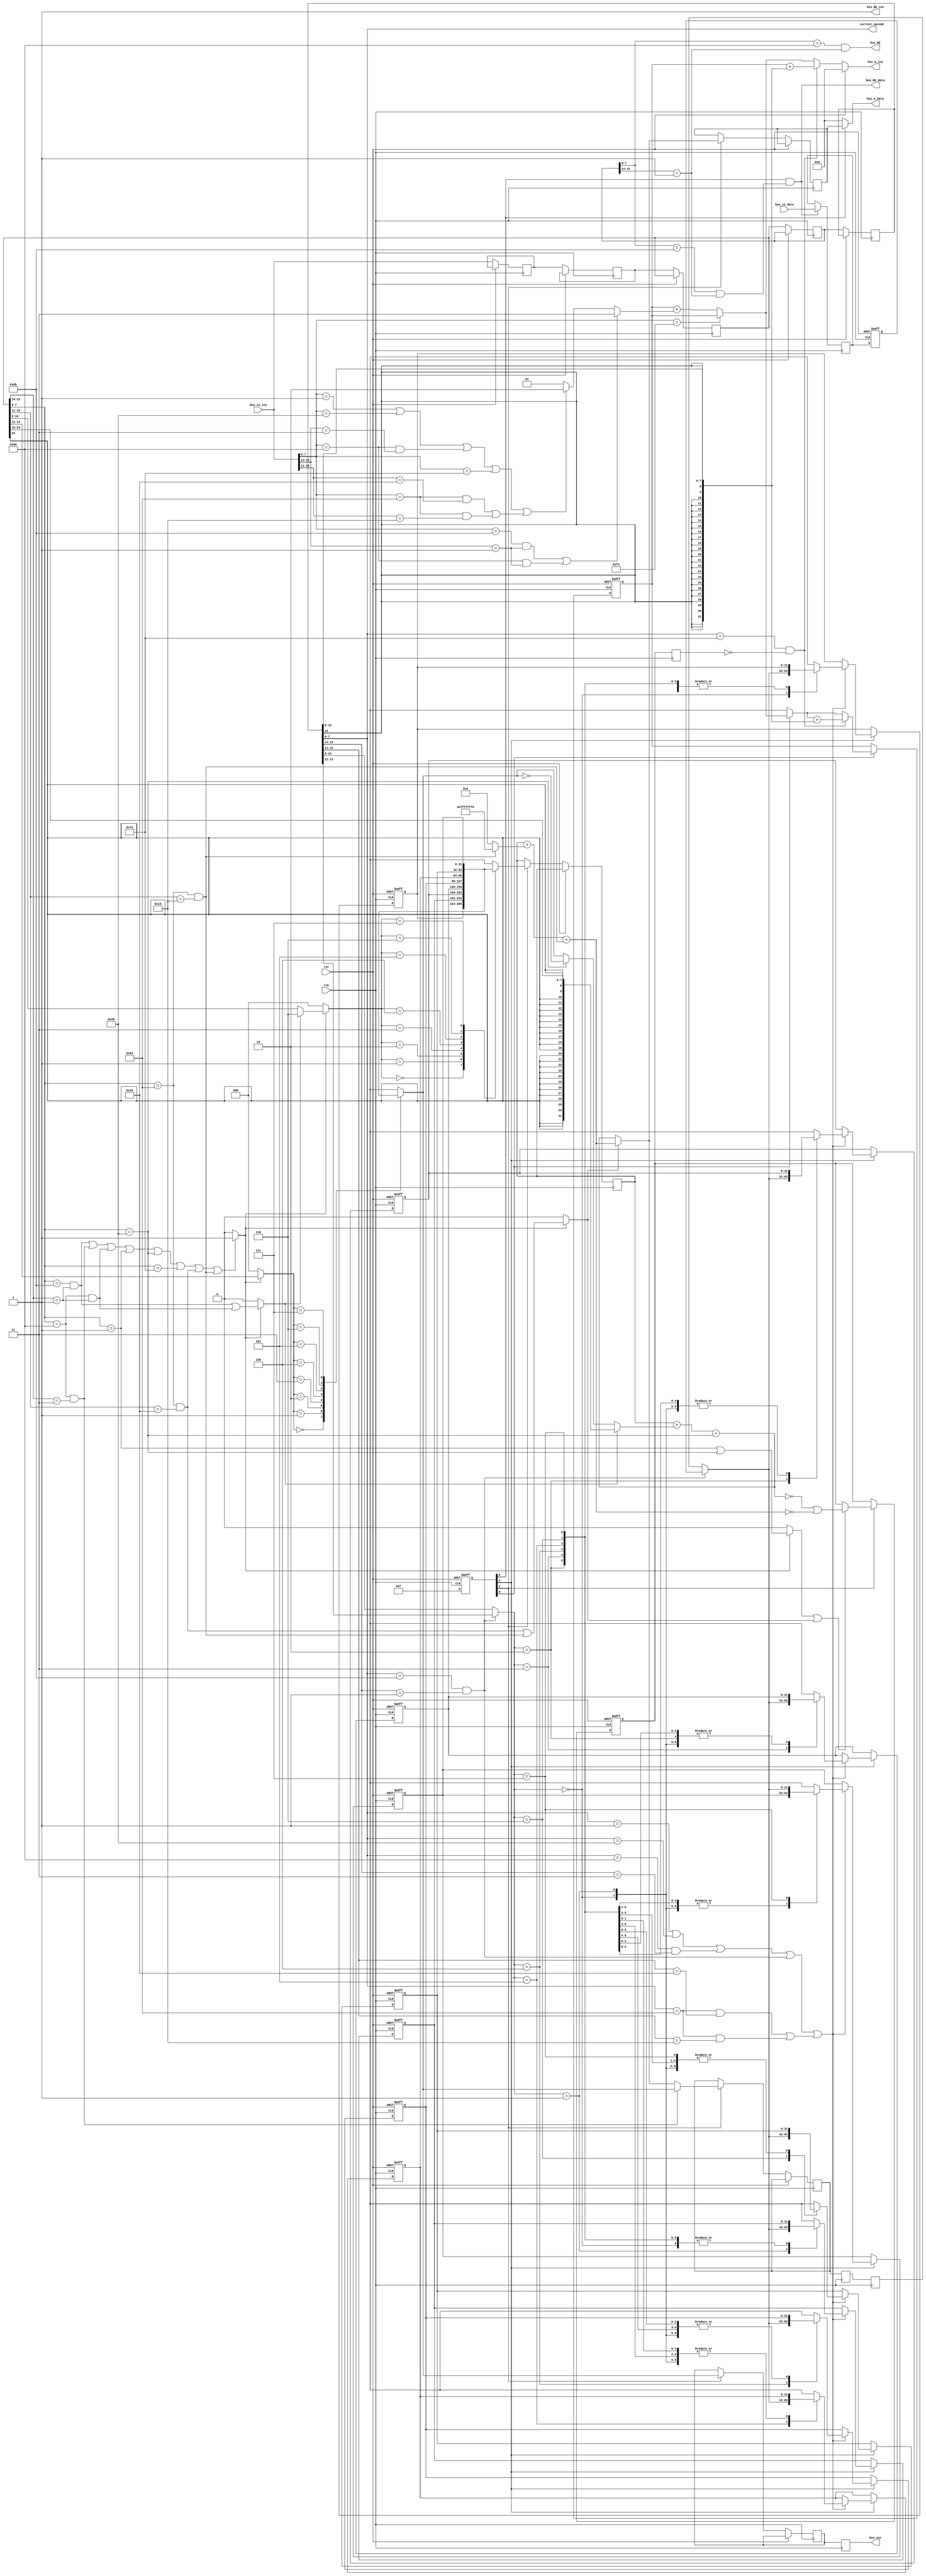
module cisc_cpu_p(
  input clk,
  input rst,
  output [31:0] bus_A_ins,
  input [31:0] bus_in_ins,
  output [31:0] bus_A_data,
  input [31:0] bus_in_data,
  output [31:0] bus_out,
  output bus_WE,
  output bus_RE_data,
  output bus_RE_ins,
  output [7:0] current_opcode);

//Kontrolleinheit der sequenziellen Implementierung
  reg [5:1] full;  
  wire [4:0] ue={ full[4:1], full[5] };

  always @(posedge clk or posedge rst) begin
    if(rst)
		full='b10000;
	else
		//full={ ue[4], ue[3], ue[2], ue[1], ue[0] };
		full='b11111;
  end
//Kontrolleinheit END

//Kontrolleinheit für die Pipeline
	reg [31:0] IR_IF;
	reg [31:0] IR_DEC;
	reg [31:0] IR_EXE;
	reg [31:0] IR_MEM;
	reg [31:0] IR_WB;
	reg [2:0] i = 0;
	//reg [2:0] r = 0;
	reg [31:0] bubble;
	
	//Schaltung wenn der neue Befehl auf ein Register zugreift dass von einem vorherigen Befehl noch bearbeitet wird -> Stalling
	always @(posedge clk) begin
		//if(RD_bus || RS_bus == RD_IF || RD_DEC) begin
		//	IP = IP_IF;				//halte die nächste Adresse
	//	end
	
	end
 	
//Kontrolleinheit END

initial begin
IR_IF<=0;
IR_DEC<=0;
IR_EXE<=0;
IR_MEM<=0;
IR_WB<=0;
bubble<=0;
ZF_IF = 0;
ZF_DEC = 0;
ZF_EXE = 0;
ZF_MEM = 0;
ZF_WB = 0;
end
//STUFE 1 Instruction Fetch
  always @(posedge clk)begin
  //move the instructions through the 5 steps; every IR entry is supposed to be processed by a different step
     if(!rst) begin
     IR_WB=IR_MEM;
     IR_MEM=IR_EXE;
     IR_EXE=IR_DEC;
     IR_DEC=IR_IF;
     IR_IF=bus_in_ins;//(RD_IF==RD_DEC || RD_EXE || RD_MEM)?bubble:(RS_IF == RS_DEC || RS_EXE || RS_MEM)?bubble:bus_in_ins;
     end
  end
//STUFE 1 ENDE

  reg [31:0] A, B, A_EXE, B_EXE, A_MEM, B_MEM;
  wire [31:0] Aop, Bop;

//STUFE 2

  reg ZF_IF, ZF_DEC, ZF_EXE, ZF_MEM, ZF_WB;//, ZF_bus;
  

/////////Dekodierung für Instruktion in bus_in_ins
  
  //OPcode & mod-Feld der Anweisung
  wire [7:0] opcode_bus=bus_in_ins[7:0]; //IR_IF[7:0];
  wire [1:0] mod_bus=bus_in_ins[15:14];// IR_IF[15:14];
  
  //RIadd/sub 5bit modifier
  wire [4:0] RImod_bus=bus_in_ins[15:11];//IR_IF[15:11];
  
//Instruktionen OPcodes
  wire load_bus=opcode_bus=='h8b && mod_bus==1;
  wire move_bus=opcode_bus=='h89 && mod_bus==3;
  wire store_bus=opcode_bus=='h89 && mod_bus==1;
  wire add_bus=opcode_bus=='h01;
  wire sub_bus=opcode_bus=='h29;
  wire jnez_bus=opcode_bus=='h75;
//Erweiterungen
  wire RIadd_bus=opcode_bus=='h83 && RImod_bus==24;
  wire RIsub_bus=opcode_bus=='h83 && RImod_bus==29;

//identifizierung für Speicher- und arithmetische Befehle
  wire memory_bus=load_bus || store_bus;
  wire aluop_bus=add_bus || sub_bus;
  wire aluop_k_bus=RIadd_bus || RIsub_bus;
  wire halt_bus=opcode_bus=='hf4;  //hlt instruction
//END

//Berechnung der Register nummern
  wire [4:0] RD_bus=bus_in_ins[10:8];
  wire [4:0] RS_bus=bus_in_ins[13:11];
  wire [4:0] Aad_bus=memory_bus?6:RD_bus,		//Aad bekommt den Wert 6 für das esi Register für RMmov & MRmov; für alle anderen Befehle, Aad bekommt den Wert für das Register RD
             Bad_bus=RS_bus;
//END
//nextIP-Modul
  wire [31:0] distance_bus={ { 24 { bus_in_ins[15] } }, bus_in_ins[15:8] };
  wire [31:0] displacement_bus={ { 24 { bus_in_ins[23] } }, bus_in_ins[23:16] };
  //wire btaken_bus=jnez_bus && !ZF_bus;
  wire [1:0] length_bus=memory_bus                 ?3:
                    (aluop_bus || move_bus || jnez_bus || aluop_k_bus)?2:
                                            1;

/////////Dekodierung bus_in_ins ende

  /////////Dekodierung für Instruktion in IR_IF
  
  //OPcode & mod-Feld der Anweisung
  wire [7:0] opcode_IF=IR_IF[7:0]; //IR_IF[7:0];
  wire [1:0] mod_IF=IR_IF[15:14];// IR_IF[15:14];
  
  //RIadd/sub 5bit modifier
  wire [4:0] RImod_IF=IR_IF[15:11];//IR_IF[15:11];
  
//Instruktionen OPcodes
  wire load_IF=opcode_IF=='h8b && mod_IF==1;
  wire move_IF=opcode_IF=='h89 && mod_IF==3;
  wire store_IF=opcode_IF=='h89 && mod_IF==1;
  wire add_IF=opcode_IF=='h01;
  wire sub_IF=opcode_IF=='h29;
  wire jnez_IF=opcode_IF=='h75;
//Erweiterungen
  wire RIadd_IF=opcode_IF=='h83 && RImod_IF==24;
  wire RIsub_IF=opcode_IF=='h83 && RImod_IF==29;

//identifizierung für Speicher- und arithmetische Befehle
  wire memory_IF=load_IF || store_IF;
  wire aluop_IF=add_IF || sub_IF;
  wire aluop_k_IF=RIadd_IF || RIsub_IF;
  wire halt_IF=opcode_IF=='hf4;  //hlt instruction
//END

//Berechnung der Register nummern
  wire [4:0] RD_IF=IR_IF[10:8];
  wire [4:0] RS_IF=IR_IF[13:11];
  wire [4:0] Aad_IF=memory_IF?6:RD_IF,		//Aad bekommt den Wert 6 für das esi Register für RMmov & MRmov; für alle anderen Befehle, Aad bekommt den Wert für das Register RD
             Bad_IF=RS_IF;
//END
//nextIP-Modul
  wire [31:0] distance_IF={ { 24 { IR_IF[15] } }, IR_IF[15:8] };
  wire [31:0] displacement_IF={ { 24 { IR_IF[23] } }, IR_IF[23:16] };
  wire btaken_IF=jnez_IF && !ZF_IF;
  wire [1:0] length_IF=memory_IF                 ?3:
                    (aluop_IF || move_IF || jnez_IF || aluop_k_IF)?2:
                                            1;

/////////Dekodierung IR_IF ende
  
/////////Dekodierung für Instruktion in IR_DEC

//OPcode & mod-Feld der Anweisung
  wire [7:0] opcode_DEC=IR_DEC[7:0];
  wire [1:0] mod_DEC=IR_DEC[15:14];
  
  //RIadd/sub 5bit modifier
  wire [4:0] RImod_DEC=IR_DEC[15:11];

//Instruktionen OPcodes
  wire load_DEC=opcode_DEC=='h8b && mod_DEC==1;
  wire move_DEC=opcode_DEC=='h89 && mod_DEC==3;
  wire store_DEC=opcode_DEC=='h89 && mod_DEC==1;
  wire add_DEC=opcode_DEC=='h01;
  wire sub_DEC=opcode_DEC=='h29;
  wire jnez_DEC=opcode_DEC=='h75;
//Erweiterungen
  wire RIadd_DEC=opcode_DEC=='h83 && RImod_DEC==24;
  wire RIsub_DEC=opcode_DEC=='h83 && RImod_DEC==29;

//identifizierung für Speicher- und arithmetische Befehle
  wire memory_DEC=load_DEC || store_DEC;
  wire aluop_DEC=add_DEC || sub_DEC;
  wire aluop_k_DEC=RIadd_DEC || RIsub_DEC;
  wire halt_DEC=opcode_DEC=='hf4;  //hlt instruction
//END

//Berechnung der Register nummern
  wire [4:0] RD_DEC=IR_DEC[10:8];
  wire [4:0] RS_DEC=IR_DEC[13:11];
  wire [4:0] Aad_DEC=memory_DEC?6:RD_DEC,		//Aad bekommt den Wert 6 für das esi Register für RMmov & MRmov; für alle anderen Befehle, Aad bekommt den Wert für das Register RD
             Bad_DEC=RS_DEC;
//END
//nextIP-Modul
  wire [31:0] distance_DEC={ { 24 { IR_DEC[15] } }, IR_DEC[15:8] };
  wire [31:0] displacement_DEC={ { 24 { IR_DEC[23] } }, IR_DEC[23:16] };
  wire btaken_DEC=jnez_DEC && !ZF_DEC;
  wire [1:0] length_DEC=memory_DEC                 ?3:
                    (aluop_DEC || move_DEC || jnez_DEC || aluop_k_DEC)?2:
                                            1;

/////////Dekodierung IR_DEC ende

/////////Dekodierung für Instruktion in IR_EXE

//OPcode & mod-Feld der Anweisung
  wire [7:0] opcode_EXE=IR_EXE[7:0];
  wire [1:0] mod_EXE=IR_EXE[15:14];
  
  //RIadd/sub 5bit modifier
  wire [4:0] RImod_EXE=IR_EXE[15:11];

//Instruktionen OPcodes
  wire load_EXE=opcode_EXE=='h8b && mod_EXE==1;
  wire move_EXE=opcode_EXE=='h89 && mod_EXE==3;
  wire store_EXE=opcode_EXE=='h89 && mod_EXE==1;
  wire add_EXE=opcode_EXE=='h01;
  wire sub_EXE=opcode_EXE=='h29;
  wire jnez_EXE=opcode_EXE=='h75;
//Erweiterungen
  wire RIadd_EXE=opcode_EXE=='h83 && RImod_EXE==24;
  wire RIsub_EXE=opcode_EXE=='h83 && RImod_EXE==29;
  wire valid = (load_EXE||move_EXE||store_EXE||add_EXE||sub_EXE||jnez_EXE||RIadd_EXE||RIsub_EXE)?1:0;

//identifizierung für Speicher- und arithmetische Befehle
  wire memory_EXE=valid?(load_EXE || store_EXE):0;
  wire aluop_EXE=valid?(add_EXE || sub_EXE):0;
  wire aluop_k_EXE=valid?(RIadd_EXE || RIsub_EXE):0;
  wire halt_EXE=opcode_EXE=='hf4;  //hlt instruction
//END

//Berechnung der Register nummern
  wire [4:0] RD_EXE=valid?IR_EXE[10:8]:0;
  wire [4:0] RS_EXE=valid?IR_EXE[13:11]:0;
  wire [4:0] Aad_EXE=valid?(memory_EXE?6:RD_EXE):0,		//Aad bekommt den Wert 6 für das esi Register für RMmov & MRmov; für alle anderen Befehle, Aad bekommt den Wert für das Register RD
             Bad_EXE=valid?RS_EXE:0;
//END
//nextIP-Modul
  wire [31:0] distance_EXE={ { 24 { IR_EXE[15] } }, IR_EXE[15:8] };
  wire [31:0] displacement_EXE={ { 24 { IR_EXE[23] } }, IR_EXE[23:16] };
  wire btaken_EXE=jnez_EXE && !ZF_EXE;
  wire [1:0] length_EXE=memory_EXE                ?3:
                    (aluop_EXE || move_EXE || jnez_EXE || aluop_k_EXE)?2:
                                            1;

/////////Dekodierung IR_EXE ende

/////////Dekodierung für Instruktion in IR_MEM

//OPcode & mod-Feld der Anweisung
  wire [7:0] opcode_MEM=IR_MEM[7:0];
  wire [1:0] mod_MEM=IR_MEM[15:14];
  
  //RIadd/sub 5bit modifier
  wire [4:0] RImod_MEM=IR_MEM[15:11];

//Instruktionen OPcodes
  wire load_MEM=opcode_MEM=='h8b && mod_MEM==1;
  wire move_MEM=opcode_MEM=='h89 && mod_MEM==3;
  wire store_MEM=opcode_MEM=='h89 && mod_MEM==1;
  wire add_MEM=opcode_MEM=='h01;
  wire sub_MEM=opcode_MEM=='h29;
  wire jnez_MEM=opcode_MEM=='h75;
//Erweiterungen
  wire RIadd_MEM=opcode_MEM=='h83 && RImod_MEM==24;
  wire RIsub_MEM=opcode_MEM=='h83 && RImod_MEM==29;

//identifizierung für Speicher- und arithmetische Befehle
  wire memory_MEM=load_MEM || store_MEM;
  wire aluop_MEM=add_MEM || sub_MEM;
  wire aluop_k_MEM=RIadd_MEM || RIsub_MEM;
  wire halt_MEM=opcode_MEM=='hf4;  //hlt instruction
//END

//Berechnung der Register nummern
  wire [4:0] RD_MEM=IR_MEM[10:8];
  wire [4:0] RS_MEM=IR_MEM[13:11];
  wire [4:0] Aad_MEM=memory_MEM?6:RD_MEM,		//Aad bekommt den Wert 6 für das esi Register für RMmov & MRmov; für alle anderen Befehle, Aad bekommt den Wert für das Register RD
             Bad_MEM=RS_MEM;
//END
//nextIP-Modul
  wire [31:0] distance_MEM={ { 24 { IR_MEM[15] } }, IR_MEM[15:8] };
  wire [31:0] displacement_MEM={ { 24 { IR_MEM[23] } }, IR_MEM[23:16] };
  wire btaken_MEM=jnez_MEM && !ZF_MEM;
  wire [1:0] length_MEM=memory_MEM                ?3:
                    (aluop_MEM || move_MEM || jnez_MEM || aluop_k_MEM)?2:
                                            1;

/////////Dekodierung IR_MEM ende

/////////Dekodierung für Instruktion in IR_WB

//OPcode & mod-Feld der Anweisung
  wire [7:0] opcode_WB=IR_WB[7:0];
  wire [1:0] mod_WB=IR_WB[15:14];
  
  //RIadd/sub 5bit modifier
  wire [4:0] RImod_WB=IR_WB[15:11];

//Instruktionen OPcodes
  wire load_WB=opcode_WB=='h8b && mod_WB==1;
  wire move_WB=opcode_WB=='h89 && mod_WB==3;
  wire store_WB=opcode_WB=='h89 && mod_WB==1;
  wire add_WB=opcode_WB=='h01;
  wire sub_WB=opcode_WB=='h29;
  wire jnez_WB=opcode_WB=='h75;
//Erweiterungen
  wire RIadd_WB=opcode_WB=='h83 && RImod_WB==24;
  wire RIsub_WB=opcode_WB=='h83 && RImod_WB==29;

//identifizierung für Speicher- und arithmetische Befehle
  wire memory_WB=load_WB || store_WB;
  wire aluop_WB=add_WB || sub_WB;
  wire aluop_k_WB=RIadd_WB || RIsub_WB;
  wire halt_WB=opcode_WB=='hf4;  //hlt instruction
//END

//Berechnung der Register nummern
  wire [4:0] RD_WB=IR_WB[10:8];
  wire [4:0] RS_WB=IR_WB[13:11];
  wire [4:0] Aad_WB=memory_WB?6:RD_WB,		//Aad bekommt den Wert 6 für das esi Register für RMmov & MRmov; für alle anderen Befehle, Aad bekommt den Wert für das Register RD
             Bad_WB=RS_WB;
//END
//nextIP-Modul
  wire [31:0] distance_WB={ { 24 { IR_WB[15] } }, IR_WB[15:8] };
  wire [31:0] displacement_WB={ { 24 { IR_WB[23] } }, IR_WB[23:16] };
  wire btaken_WB=jnez_WB && !ZF_WB;
  wire [1:0] length_WB=memory_WB                ?3:
                    (aluop_WB || move_WB || jnez_WB || aluop_k_WB)?2:
                                            1;

/////////Dekodierung IR_WB ende
          
          
 /*                         
  wire [31:0] distance_IN={ { 24 { bus_A_ins[15] } }, bus_A_ins[15:8] };
  wire [31:0] displacement_IN={ { 24 { bus_A_ins[23] } }, bus_A_ins[23:16] };
  wire btaken_IF=jnez_IF && !ZF_IF;
  wire [1:0] length_IF=memory_IF                 ?3:
                    (aluop_IF || move_IF || jnez_IF || aluop_k_IF)?2:
                                            1;
   */                       
                                            
//nextIP //leicht erweitert vom Buch(rst;!halt- teile)
  reg [31:0] IP_IF;
  //nächster Wert für den Instruction Pointer wird direkt von der nächsten Adresse auf dem Adress-Bus berechnet
  //Wenn ein F4 hlt befehl kommt, wird der IP auf den letzten Wert von IP_IF gehalten, welches die Adresse für den hlt Befehl ist
  wire [31:0] IP = rst?0:btaken_WB?IP_IF+distance_WB:!halt_bus?IP_IF+length_bus:IP_IF;
  always @(posedge clk or posedge rst) begin
    if(rst)
	    IP_IF=0;
    else if(ue[1]) begin
    //Wenn !hlt, dann wird IP_IF um die berechnete Länge der neuen Instruktion erhöht
      if(!halt_bus) IP_IF=IP_IF+length_bus;
    //Wenn btaken gesetzt ist wird IP_IF um die Sprungdistanz erhöht; die Länge der neuen Instruktion wird
    //abgezogen, da sie in der vorigen Zeile zusätzlich addiert wurde und dadurch die Sprunglänge verfälscht
      if(btaken_WB) IP_IF=IP_IF+distance_WB;
    end
end

//NEXTIP END
  reg [31:0] MAR_EXE, MAR_MEM, MDRw_EXE, MDRw_MEM;//, C_EXE,
  reg [31:0] C_MEM, C_WB;    
	//Konstante K die in RIadd/sub verwendet wird
  reg [31:0] K = 10;

//STAGE 3 ALU-Modul
  wire [31:0] ALU_op2_EXE=memory_EXE?displacement_EXE:sub_EXE?~Bop:Bop;
  wire [31:0] ALUout_EXE=A_EXE+ALU_op2_EXE+sub_EXE; 				//esi+displacement für RM- und MRmov;; für ADD ALU_op2=B führt zu ALUout=A+B;; für SUB ALUout=A+~B+1

//Berechnungen für RIadd/sub
  //wire [31:0] ALU_K2_EXE = RIsub_EXE?~K:K;
  wire [31:0] ALU_K2_EXE=RIsub_EXE?~K:K;
  wire [31:0] ALU_K_EXE=A_EXE+ALU_K2_EXE+RIsub_EXE;
  //wire [31:0] C_EXE=move_EXE?B_EXE:aluop_k_EXE?ALU_K_EXE:ALUout_EXE;
  reg [31:0] C_EXE;

  always @(posedge clk or posedge rst)
    if(rst)
	   ZF_EXE=0;
    else if(ue[2]) begin
	    A_EXE=Aop;							//A beinhaltet den Wert für RD
      B_EXE=Bop;							//B beinhaltet den Wert für RS
		//RIadd/sub: aluop_k abfrage zu MAR und C hinzugefügt 
      MAR_EXE=aluop_k_EXE?ALU_K_EXE:ALUout_EXE;
      C_EXE=move_EXE?B_EXE:aluop_k_EXE?ALU_K_EXE:ALUout_EXE;
      MDRw_EXE=B_EXE;
      if(aluop_EXE || aluop_k_EXE) ZF_EXE=(ALUout_EXE==0||ALU_K_EXE==0); 			//RIadd/sub: aluop_k als Bedingung hinzugefügt;; ZF=(... ||ALU_K==0) hinzugefügt
    end
//STAGE 3 ALU-Modul END

  reg [31:0] MDRr_MEM, MDRr_WB;
  
  //STAGE 4 MEMORY
  always @(posedge clk) begin
    if(ue[3] && load_MEM) MDRr_MEM=bus_in_data;
      //if(load) MDRr=bus_in_data;
    ZF_MEM = ZF_EXE;
    ZF_WB = ZF_MEM;
    MAR_MEM = MAR_EXE;
    C_WB = C_MEM;
    A_MEM = A_EXE;
    B_MEM = B_EXE;
    C_MEM = C_EXE;
    MDRw_MEM = MDRw_EXE;
  end
  
  assign bus_A_data=ue[3]?MAR_EXE:0;
  assign bus_RE_data=(ue[3] && load_MEM);
  //STAGE 4
  
  assign bus_A_ins=IP;//ue[0]?IP:0;
  assign bus_RE_ins=1;//ue[0];
  
//Register-File START
  reg [31:0] R[7:0];
  
  //A ist der Wert von Register esi
  assign Aop=R[Aad_EXE];					//Aop bekommt den Wert des Registers R[Aad]; dies ist entweder esi oder RD
  assign Bop=R[Bad_EXE];
  
  assign bus_WE=store_MEM;//ue[3] && store;
  assign bus_out=MDRw_MEM;

// //STAGE 5 WRITE BACK
//   always @(posedge clk or posedge rst) begin
//       if(rst) begin
// 	      R[00]=0; R[01]=0; R[02]=0; R[03]=0; R[04]=0; R[05]=0; R[06]=0; R[07]=0;      
// 	    end
//   end

  always @(posedge clk or posedge rst) begin
    /// this causes an error in yosys:: "ERROR: Async reset \rst yields non-constant value 32'mmmmmmmmmmmmmmmmmmmmmmmmmmmmmmmm for signal \MDRr_WB"
    /// separating the if(rst) into its own always block seems to have fixed the issue
    MDRr_WB <= MDRr_MEM;
    if(rst) begin
	    R[00]=0; R[01]=0; R[02]=0; R[03]=0; R[04]=0; R[05]=0; R[06]=0; R[07]=0;  
      MDRr_WB <= 0;
	  end 
	  else 
    if(ue[4]) 
      if(aluop_WB || move_WB || load_WB || aluop_k_WB)		//RIadd/sub: aluop_k als Bedingung hinzugefügt
        R[load_WB?RS_WB:RD_WB]=load_WB?MDRr_WB:C_WB; 
  end
//Register-File END		 
  assign current_opcode = opcode_WB;
  
  // synthesis translate_off
  
//outgoing wires 
  wire [31:0] eax = R[0];
  wire [31:0] ecx = R[1];
  wire [31:0] edx = R[2];
  wire [31:0] ebx = R[3];
  wire [31:0] esp = R[4];
  wire [31:0] ebp = R[5];
  wire [31:0] esi = R[6];
  wire [31:0] edi = R[7];
  wire [7:0] regs = IR_IF[15:8];
  
  // synthesis translate_on
  
endmodule